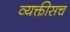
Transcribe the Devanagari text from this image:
व्यक्तीसच